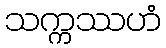
သက္ကဿဟံ